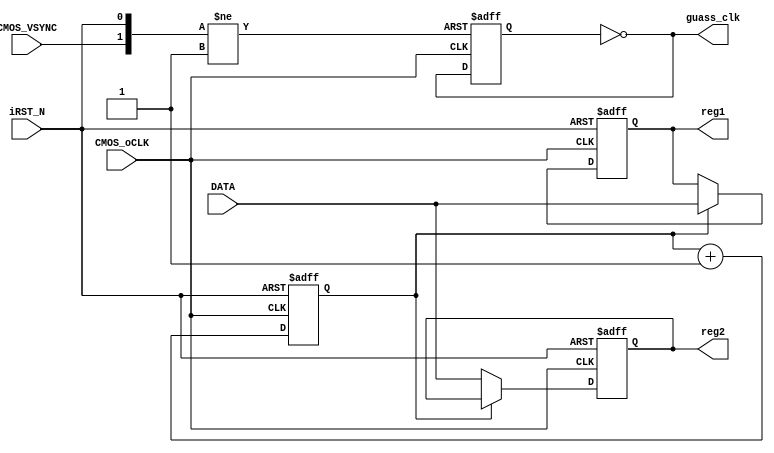
`timescale 1ns / 1ps
module config_guass(
    input CMOS_oCLK,
    input iRST_N,
	input [7:0] DATA,
	input CMOS_VSYNC,
	//input pclk,
    output [7:0] reg1,
	output [7:0] reg2,
	output guass_clk
	//output pp_ram_write_clk
    );
	
	
//2bit counter
reg			byte_state;		
always@(posedge CMOS_oCLK or negedge iRST_N)
begin
	if(!iRST_N)
			begin
			byte_state <= 0;
			end
	else		
			begin
			byte_state <= byte_state + 1'b1;	
			end
end


//
reg [7:0] reg_1;
reg [7:0] reg_2;
assign reg1=reg_1;
assign reg2=reg_2;
always@(posedge CMOS_oCLK or negedge iRST_N)
begin
	if(!iRST_N)
			begin
			reg_1 <= 8'd0;
			reg_2 <= 8'd0;
			end
	else	
        if(!byte_state)	
		    begin
			  reg_2 <= DATA;	
			end
		else if(byte_state)
		    begin
			
			  reg_1 <= DATA;	
		    end
		else
		    begin
			reg_1 <= reg_1;
			reg_2 <= reg_2;
			end	    	  
end




//2guass dsp  
reg clk_2;
assign  guass_clk=~clk_2;
// Attention: negedge CMOS_oCLK
always @ (negedge CMOS_oCLK or negedge iRST_N or posedge CMOS_VSYNC) 
begin
	if(!iRST_N)
			begin
			  clk_2<=0;
			end
	else if(CMOS_VSYNC)
	        begin
			  clk_2<=0;
			end
	else   
	        begin
           clk_2<=~clk_2;
			end
end

/*
reg guass_clk_rise;
always@(negedge guass_clk or negedge iRST_N)
begin
 if(!iRST_N)
   begin
	 guass_clk_rise <= 0;
	end
 else
	guass_clk_rise <= 1;
end
	
	
assign pp_ram_write_clk=pp_ram_write_clk_1;
reg pp_ram_write_clk_1;
always@(posedge pclk or negedge iRST_N)
begin
  if(!iRST_N)
   begin
	 pp_ram_write_clk_1 <= 0;
	end
  else if(guass_clk & guass_clk_rise)
   begin
     	pp_ram_write_clk_1 <= ~pp_ram_write_clk_1;

	end
  else
   pp_ram_write_clk_1 <= pp_ram_write_clk_1;
end
*/	

endmodule